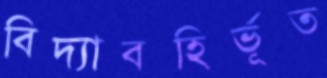
বিদ্যাবহির্ভূত